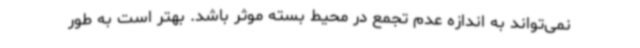
نمی‌تواند به اندازه عدم تجمع در محیط بسته موثر باشد. بهتر است به طور